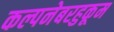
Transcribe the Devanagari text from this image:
कल्पनेबरहुकूम